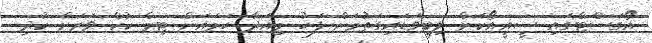
އޯގަސްޓްގައި ސީއީއޯކަން ލިބިވަޑައިގަތުމަށް ފަހު މިއަދާ ހަމައަށް ޓިމް ކުކް ވަރަށް ކުދި